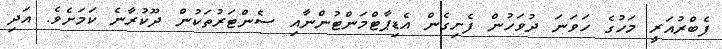
ފެބްރުއަރީ މަހުގެ ހަވަނަ ދުވަހުން ފެށިގެން އެޑިޕާޓްމަންޓުންނާއި ސެންޓަރުތަކުން ދޫކުރާނެ ކަމަށެވެ. އަދި